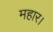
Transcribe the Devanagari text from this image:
महार।